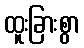
ထူးခြားစွာ